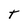
Character: T